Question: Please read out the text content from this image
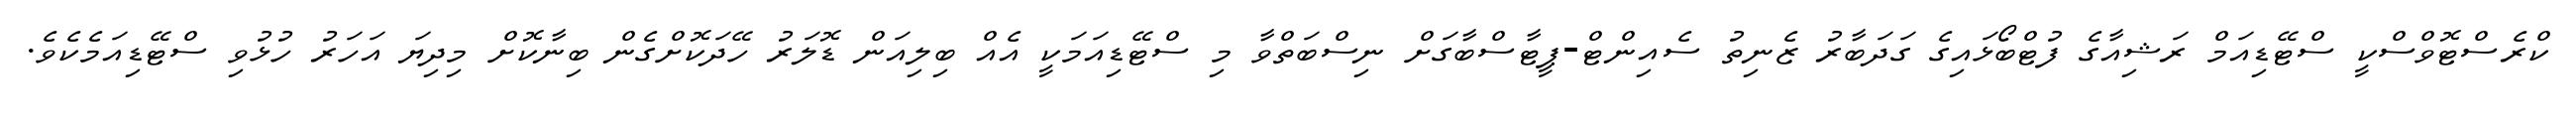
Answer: ކްރެސްޓޮވްސްކީ ސްޓޭޑިއަމް ރަޝިއާގެ ފުޓްބޯޅައިގެ ގަދަބާރު ޒެނިތު ސެއިންޓް-ޕީޓާސްބާގަށް ނިސްބަތްވާ މި ސްޓޭޑިއަމަކީ އެއް ބިލިއަން ޑޮލަރު ހޭދަކޮށްގެން ބިނާކޮށް މިދިޔަ އަހަރު ހުޅުވި ސްޓޭޑިއަމެކެވެ.